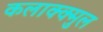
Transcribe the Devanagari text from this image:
कलाक्क्मुल